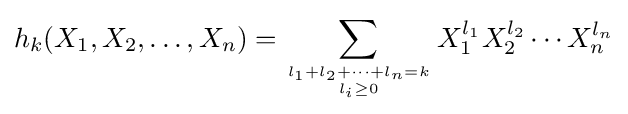
h_{k}(X_{1},X_{2},\dots ,X_{n})=\sum _{l_{1}+l_{2}+\cdots +l_{n}=k \atop l_{i}\geq 0}X_{1}^{l_{1}}X_{2}^{l_{2}}\cdots X_{n}^{l_{n}}